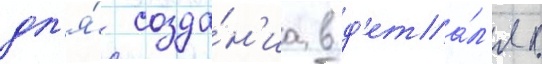
дл'я́ созда́н'иа в д'ета́л'ях